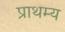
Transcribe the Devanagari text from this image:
प्राथम्य